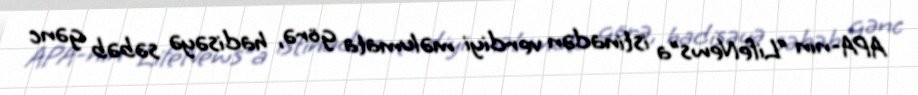
APA-nın “LifeNews”a istinadən verdiyi məlumata görə, hadisəyə səbəb gənc